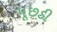
પૂછડી